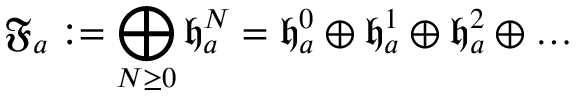
\mathfrak { F } _ { a } : = \bigoplus _ { N \ge 0 } \mathfrak { h } _ { a } ^ { N } = \mathfrak { h } _ { a } ^ { 0 } \oplus \mathfrak { h } _ { a } ^ { 1 } \oplus \mathfrak { h } _ { a } ^ { 2 } \oplus \ldots